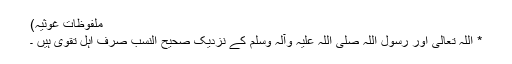
ملفوظاتِ غوثیہ)
* اللہ تعالیٰ اور رسول اللہ صلی اللہ علیہ وآلہٖ وسلم کے نزدیک صحیح النسب صرف اہلِ تقویٰ ہیں ۔